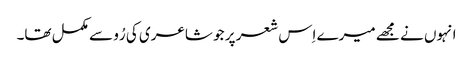
انہوں نے مجھے میرے اِس شعر پر جو شاعری کی رُو سے مکمل تھا۔